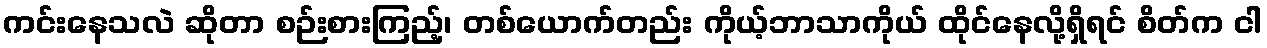
ကင်းနေသလဲ ဆိုတာ စဉ်းစားကြည့်၊ တစ်ယောက်တည်း ကိုယ့်ဘာသာကိုယ် ထိုင်နေလို့ရှိရင် စိတ်က ငါ